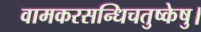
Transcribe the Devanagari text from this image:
वामकरसन्धिचतुष्केषु।